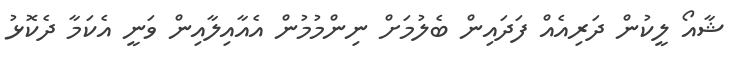
ޝާއޯ ލީކުން ދަރިއެއް ފަދައިން ބެލުމަށް ނިންމުމުން އެއާއިލާއިން ވަނީ އެކަމާ ދެކޮޅު